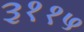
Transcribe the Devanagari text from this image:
३११५